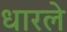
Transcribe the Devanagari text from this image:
धारले